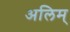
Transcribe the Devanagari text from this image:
अलिम्